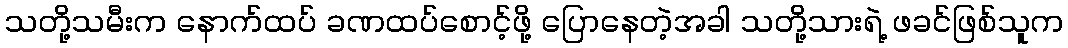
သတို့သမီးက နောက်ထပ် ခဏထပ်စောင့်ဖို့ ပြောနေတဲ့အခါ သတို့သားရဲ့ ဖခင်ဖြစ်သူက